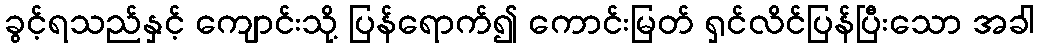
ခွင့်ရသည်နှင့် ကျောင်းသို့ ပြန်ရောက်၍ ကောင်းမြတ် ရှင်လိင်ပြန်ပြီးသော အခါ